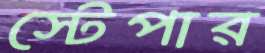
স্টেপার